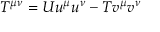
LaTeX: T ^ { \mu \nu } = U u ^ { \mu } u ^ { \nu } - T v ^ { \mu } v ^ { \nu }